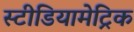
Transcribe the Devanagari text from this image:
स्टीडियामेट्रिक